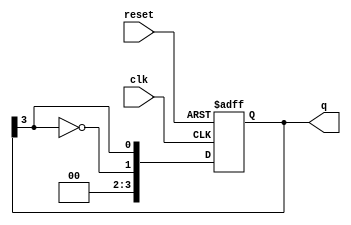
module johnson_counter #(
    parameter N = 4  // Number of flip-flops
)(
    input wire clk,     // Clock signal
    input wire reset,   // Asynchronous reset signal
    output reg [N-1:0] q // Output of the counter
);

    // Always block triggered on the rising edge of clock or on reset
    always @(posedge clk or posedge reset) begin
        if (reset) begin
            // Reset all flip-flops to 0
            q <= 0;
        end else begin
            // Johnson counter logic
            q <= {~q[N-1], q[N-1:N-1]}; // Shift and feedback inverted output
        end
    end

endmodule